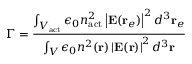
\Gamma = \frac { \int _ { V _ { \mathrm { a c t } } } \epsilon _ { 0 } n _ { \mathrm { a c t } } ^ { 2 } \left| \mathbf { E } ( \mathbf { r } _ { e } ) \right| ^ { 2 } d ^ { 3 } \mathbf { r } _ { e } } { \int _ { V } \epsilon _ { 0 } n ^ { 2 } ( \mathbf { r } ) \left| \mathbf { E } ( \mathbf { r } ) \right| ^ { 2 } d ^ { 3 } \mathbf { r } }